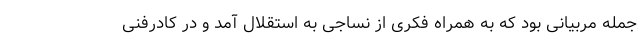
جمله مربیانی بود که به همراه فکری از نساجی به استقلال آمد و در کادرفنی